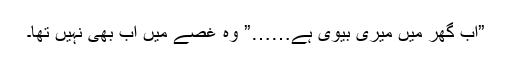
”اب گھر میں میری بیوی ہے……” وہ غصے میں اب بھی نہیں تھا۔